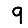
Digit: 9